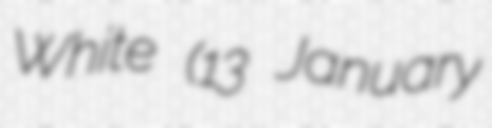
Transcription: White (13 January